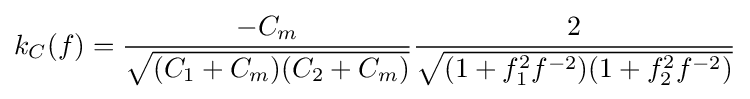
k_{C}(f)={\frac {-C_{m}}{\sqrt {(C_{1}+C_{m})(C_{2}+C_{m})}}}{\frac {2}{\sqrt {(1+f_{1}^{2}f^{-2})(1+f_{2}^{2}f^{-2})}}}